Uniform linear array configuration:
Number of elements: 24
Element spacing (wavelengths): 1
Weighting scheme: blackman
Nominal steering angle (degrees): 60
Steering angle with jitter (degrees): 60.217
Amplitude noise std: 0.05
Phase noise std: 0.05

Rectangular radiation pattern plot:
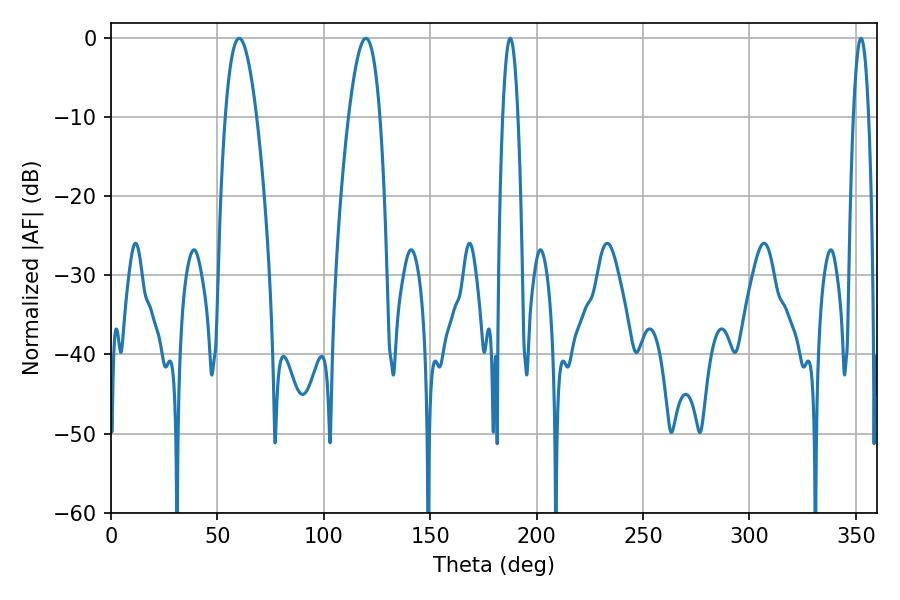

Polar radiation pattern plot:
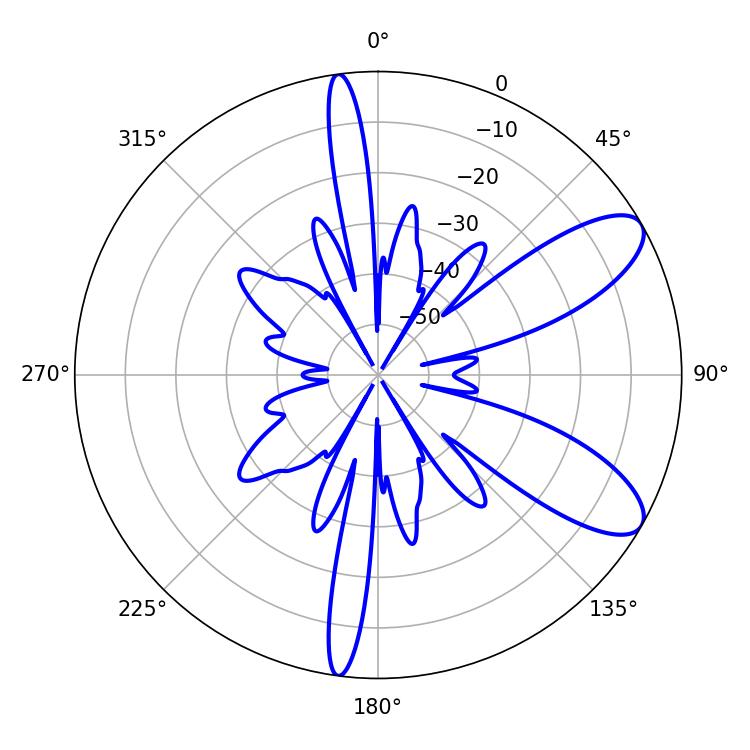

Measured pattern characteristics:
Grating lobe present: TRUE
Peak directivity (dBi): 9.137
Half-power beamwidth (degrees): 3.96
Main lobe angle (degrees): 187.56